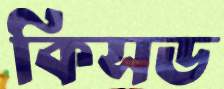
কিসড